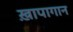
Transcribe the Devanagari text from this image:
ख़ापागान